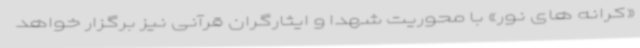
«کرانه های نور» با محوریت شهدا و ایثارگران قرآنی نیز برگزار خواهد